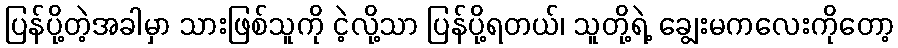
ပြန်ပို့တဲ့အခါမှာ သားဖြစ်သူကို ငဲ့လို့သာ ပြန်ပို့ရတယ်၊ သူတို့ရဲ့ ချွေးမကလေးကိုတော့